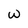
Character: w